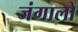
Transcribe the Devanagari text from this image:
जंगालों